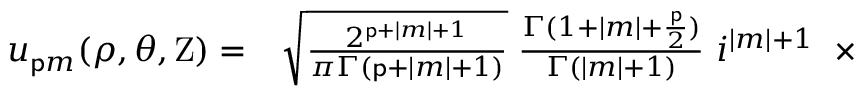
\begin{array} { r l } { u _ { { \mathsf { p } } m } ( \rho , \theta , \mathrm { Z } ) = } & { { } { \sqrt { \frac { 2 ^ { { \mathsf { p } } + | m | + 1 } } { \pi \Gamma ( { \mathsf { p } } + | m | + 1 ) } } } \; { \frac { \Gamma ( 1 + | m | + { \frac { \mathsf { p } } { 2 } } ) } { \Gamma ( | m | + 1 ) } } \, \, i ^ { | m | + 1 } \; \; \times } \end{array}